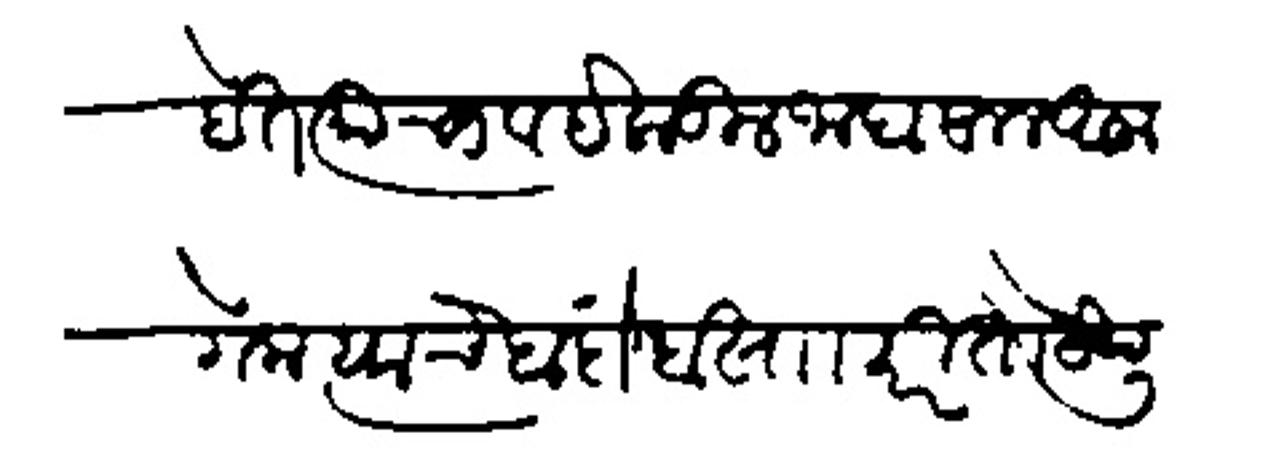
Transliteration (Devanagari): आहेत त्याचा व इकडील जाबसाल आला गेला त्याचे बंदोबस्ताकरिता येथून